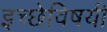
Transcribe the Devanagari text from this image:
इच्छेविषयी